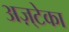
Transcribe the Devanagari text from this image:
अज़्टेका